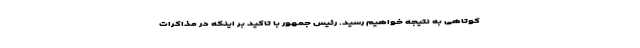
کوتاهی به نتیجه خواهیم رسید. رئیس جمهور با تاکید بر اینکه در مذاکرات